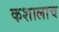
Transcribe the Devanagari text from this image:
कशालाच